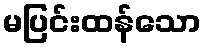
မပြင်းထန်သော